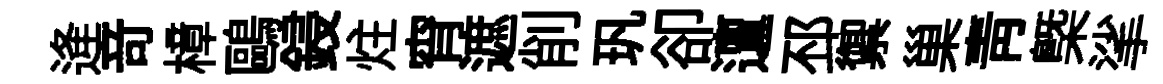
逄竒樟鷗鋟炷宵遮削㺬卻邅邳禦巢靑㮣挲